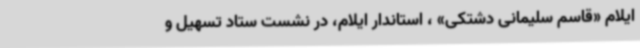
ایلام «قاسم سلیمانی دشتکی» ، استاندار ایلام، در نشست ستاد تسهیل و